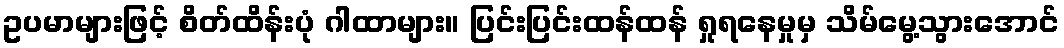
ဥပမာများဖြင့် စိတ်ထိန်းပုံ ဂါထာများ။ ပြင်းပြင်းထန်ထန် ရှုရနေမှုမှ သိမ်မွေ့သွားအောင်